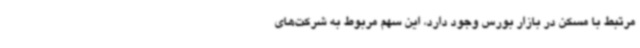
مرتبط با مسکن در بازار بورس وجود دارد، این سهم مربوط به شرکت‌های